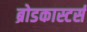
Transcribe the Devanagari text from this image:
ब्रोडकास्टर्स